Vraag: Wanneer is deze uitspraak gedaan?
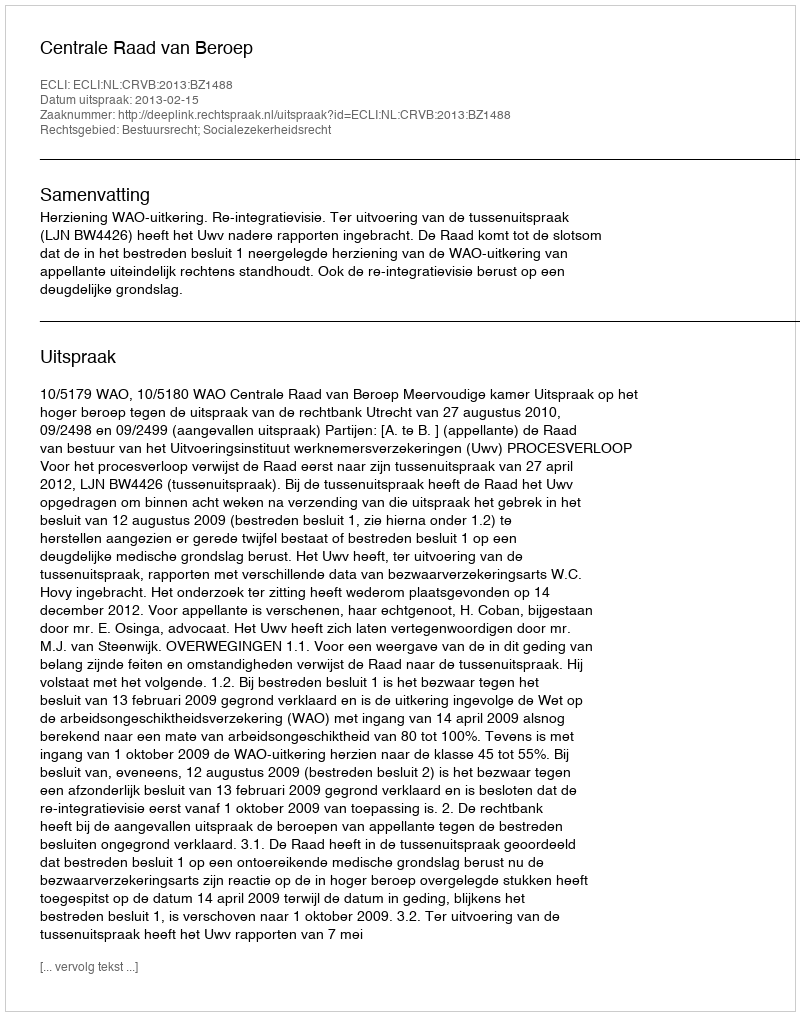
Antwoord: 2013-02-15